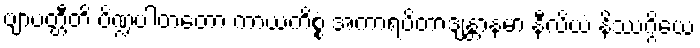
ဗျာပတ္တီတိ ပိဏ္ဍပါတတော ကာယကိစ္စံ အကာရပိတာဒျန္တာနမာ နီလိယံ နိဿဂ္ဂိယေ